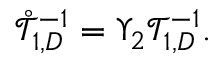
\begin{array} { r } { \mathring { \mathcal { T } } _ { 1 , D } ^ { - 1 } = \Upsilon _ { 2 } \mathcal { T } _ { 1 , D } ^ { - 1 } . } \end{array}